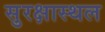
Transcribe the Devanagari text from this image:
सुरक्षास्थल